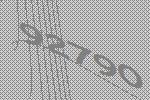
92790